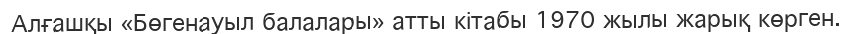
Алғашқы «Бөгенауыл балалары» атты кітабы 1970 жылы жарық көрген.